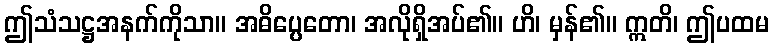
ဤသံသဋ္ဌအနက်ကိုသာ။ အဓိပ္ပေတော၊ အလိုရှိအပ်၏။ ဟိ၊ မှန်၏။ ဣတိ၊ ဤပထမ